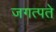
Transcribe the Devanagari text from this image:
जगत्पते